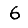
Digit: 6